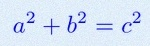
a^2+b^2=c^2